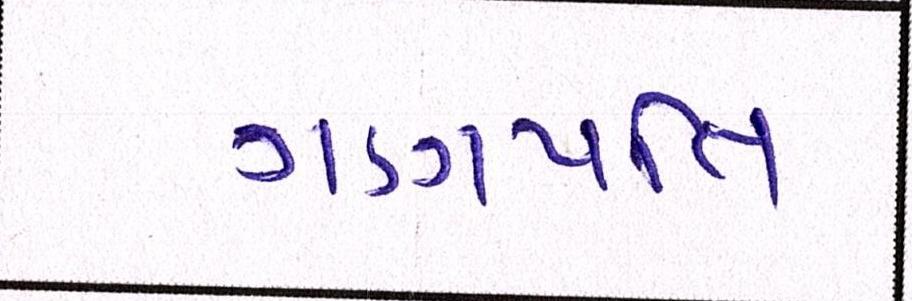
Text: ગણપતિ